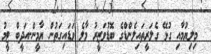
މިލިޔުމާއި ގުޅޭ ގެލަރީތައިލެންޑްގެ ބޮޑުވަޒީރު މާލެ ވަޑައިގަތުން ޔާމީން-އަދީބް ޓީމު